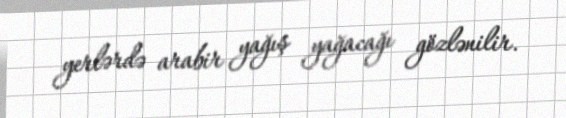
yerlərdə arabir yağış yağacağı gözlənilir.